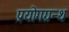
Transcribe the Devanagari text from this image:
प्रयोगग्रन्थ